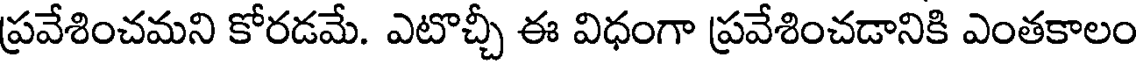
ప్రవేశించమని కోరడమే. ఎటొచ్చీ ఈ విధంగా ప్రవేశించడానికి ఎంతకాలం